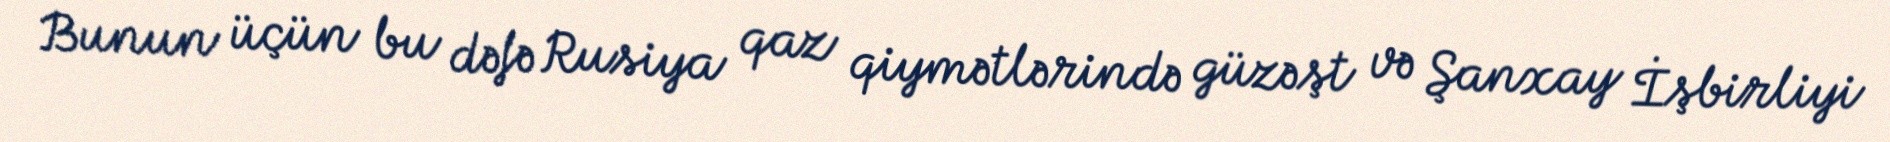
Bunun üçün bu dəfə Rusiya qaz qiymətlərində güzəşt və Şanxay İşbirliyi